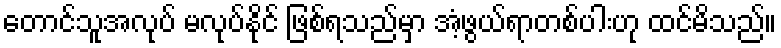
တောင်သူအလုပ် မလုပ်နိုင် ဖြစ်ရသည်မှာ အံ့ဖွယ်ရာတစ်ပါးဟု ထင်မိသည်။